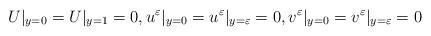
LaTeX: \begin{align*}U|_{y=0}=U|_{y=1}=0, u^\varepsilon|_{y=0}=u^\varepsilon|_{y=\varepsilon}=0, v^\varepsilon|_{y=0}=v^\varepsilon|_{y=\varepsilon}=0 \end{align*}